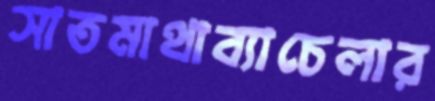
সাতমাথাব্যাচেলার